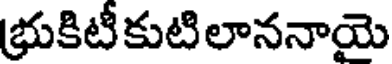
భ్రుకిటీకుటిలాననాయె